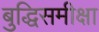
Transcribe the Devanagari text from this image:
बुद्धिसमीक्षा